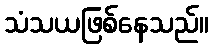
သံသယဖြစ်နေသည်။